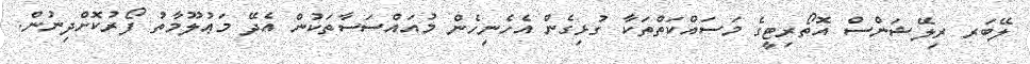
ލޭބަރ ރިލޭޝަންސް އޮތޯރިޓީގެ މަސައްކަތްތަކާ ގުޅިގެން އެހެނިހެން މުއައްސަސާތަކުން އެދޭ މަޢުލޫމާތު ފޯރުކޮށްދިނުން.